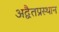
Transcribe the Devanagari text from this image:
अद्वैतप्रस्थान